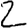
Digit: 2